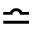
\bumpeq